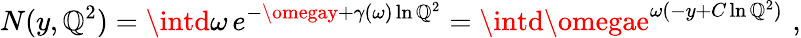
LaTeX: N(y,\mathbb{Q}^{2})=\intd\omega\, e^{-\omegay+\gamma(\omega)\ln\mathbb{Q}^{2}}=\intd\omegae^{\omega(-y+C\ln\mathbb{Q}^{2})}\, \, ,